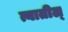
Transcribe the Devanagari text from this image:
त्यातील्